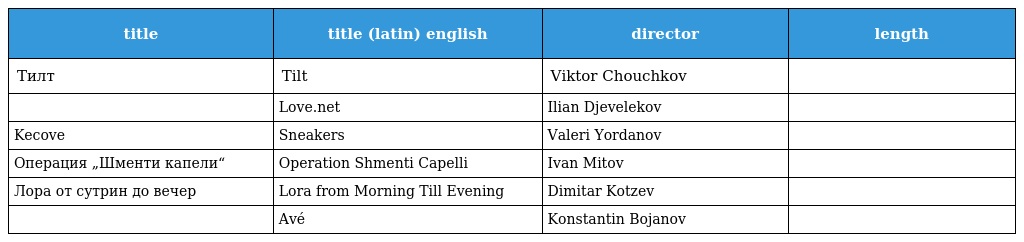
| title | title (latin) english | director | length |
 | --- | --- | --- | --- |
 | Тилт | Tilt | Viktor Chouchkov |  |
 |  | Love.net | Ilian Djevelekov |  |
 | Kecove | Sneakers | Valeri Yordanov |  |
 | Операция „Шменти капели“ | Operation Shmenti Capelli | Ivan Mitov |  |
 | Лора от сутрин до вечер | Lora from Morning Till Evening | Dimitar Kotzev |  |
 |  | Avé | Konstantin Bojanov |  |